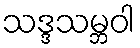
သဒ္ဒသမ္ဘဝါ